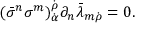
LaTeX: ( \bar { \sigma } ^ { n } \sigma ^ { m } ) _ { \dot { \alpha } } ^ { \dot { \rho } } \partial _ { n } \bar { \lambda } _ { m \dot { \rho } } = 0 .